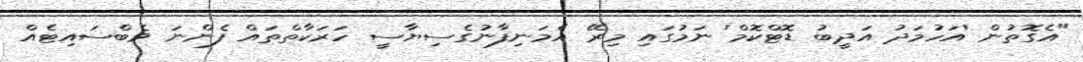
"އެގޮތުން 'އަހުމަދު އަދީބު ޑޮޓްކޮމް' ނަމުގައި މިރޭ އެމަނިފާނުގެސިޔާސީ ހަރަކާތްތައް ފެންނަ ވެބްސައިޓެއް